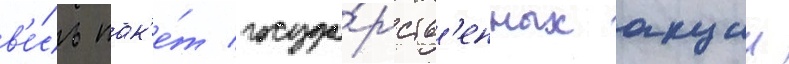
в'е́сь пак'е́т госуда́рств'енных акции